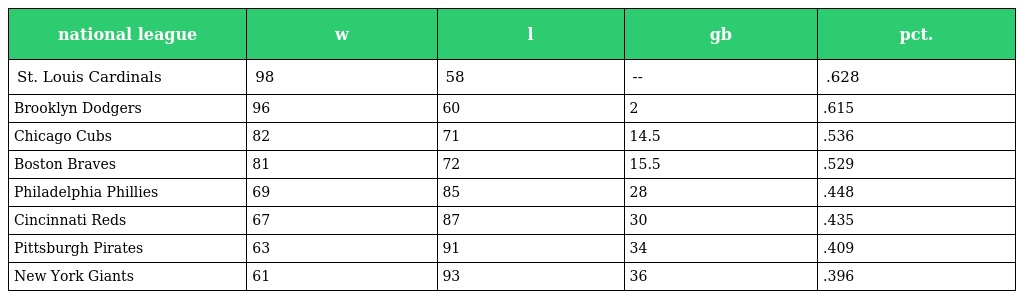
| national league | w | l | gb | pct. |
 | --- | --- | --- | --- | --- |
 | St. Louis Cardinals | 98 | 58 | -- | .628 |
 | Brooklyn Dodgers | 96 | 60 | 2 | .615 |
 | Chicago Cubs | 82 | 71 | 14.5 | .536 |
 | Boston Braves | 81 | 72 | 15.5 | .529 |
 | Philadelphia Phillies | 69 | 85 | 28 | .448 |
 | Cincinnati Reds | 67 | 87 | 30 | .435 |
 | Pittsburgh Pirates | 63 | 91 | 34 | .409 |
 | New York Giants | 61 | 93 | 36 | .396 |